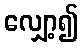
လျှော့၍